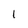
Character: l